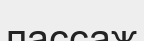
пассаж